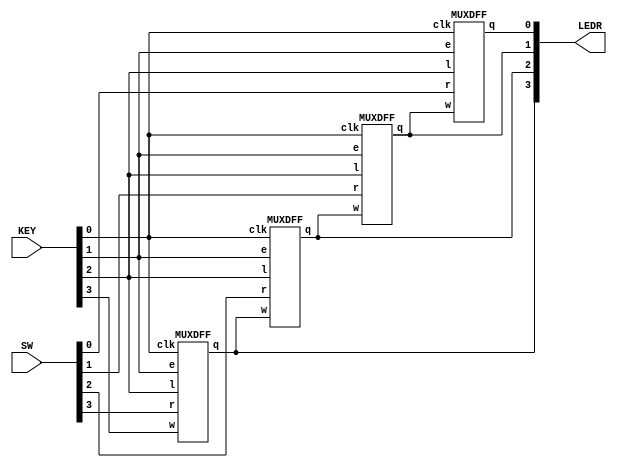
module top_module (
    input [3:0] SW,
    input [3:0] KEY,
    output [3:0] LEDR
); //
    
    //SW is r inputs
    wire clk, e, l, w;
    assign {w, l, e, clk} = KEY;
    MUXDFF  md3 (w, SW[3], e, l, clk, LEDR[3]);
    MUXDFF  md2 (LEDR[3], SW[2], e, l, clk, LEDR[2]);
    MUXDFF  md1 (LEDR[2], SW[1], e, l, clk, LEDR[1]);
    MUXDFF  md0 (LEDR[1], SW[0], e, l, clk, LEDR[0]);

endmodule

module MUXDFF (input w, input r, input e, input l, input clk, output q);
    reg q1;
    assign q = q1;
    wire d, i;
    assign i = e ? w : q;
    assign d = l ? r : i;
    
    always @(posedge clk) begin
    	q1 <= d;
    end

endmodule